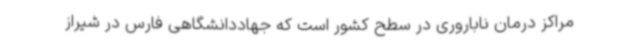
مراکز درمان ناباروری در سطح کشور است که جهاددانشگاهی فارس در شیراز